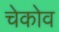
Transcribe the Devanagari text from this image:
चेकोव